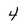
Character: 4